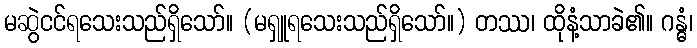
မဆွဲငင်ရသေးသည်ရှိသော်။ (မရှူရသေးသည်ရှိသော်။) တဿ၊ ထိုနံ့သာခဲ၏။ ဂန္ဓံ၊